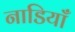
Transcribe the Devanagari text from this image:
नाडियाँ